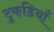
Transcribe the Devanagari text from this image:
टुकडियाँ